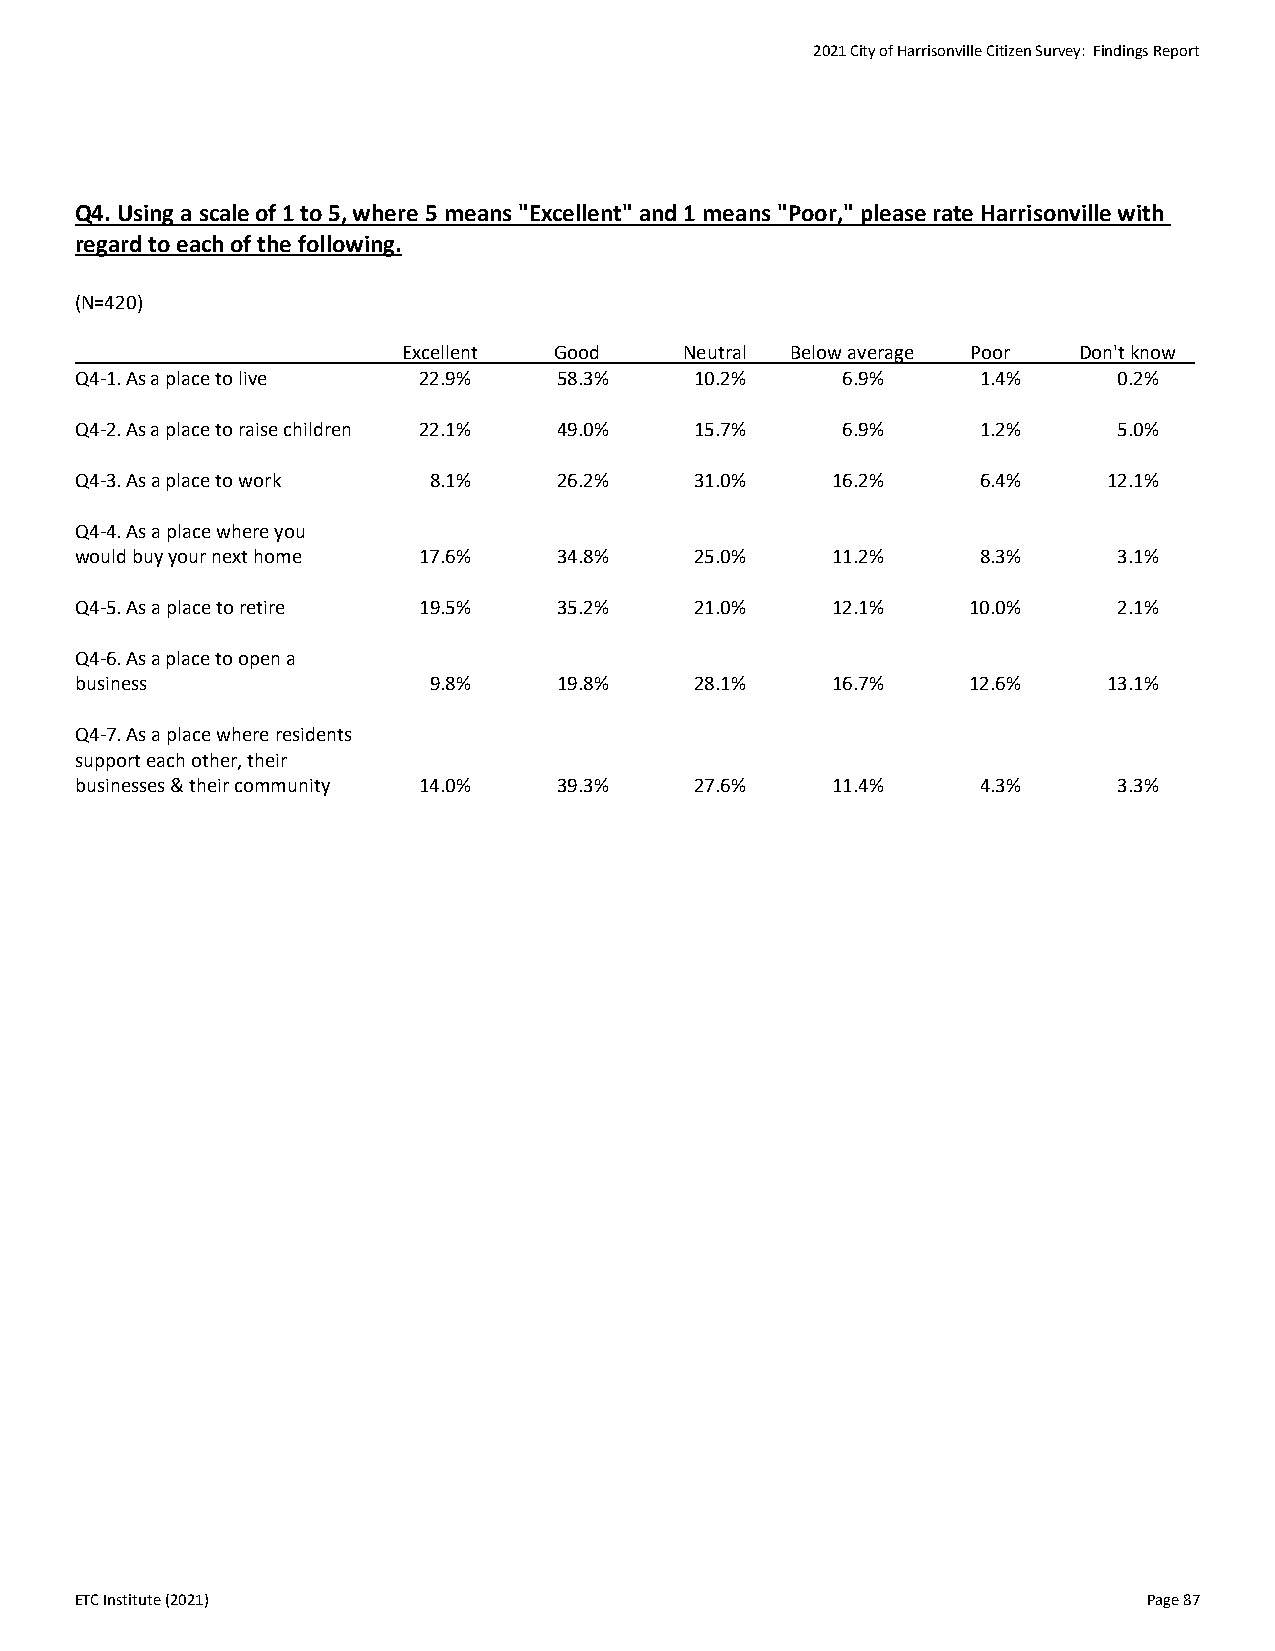
2021 City of Harrisonville Citizen Survey: Findings Report
 Q4. Using a scale of 1 to 5, where 5 means "Excellent" and 1 means "Poor," please rate Harrisonville with
 regard to each of the following.
 (N=420)
 Excellent Good    Neutral Below average Poor Don't know
 Q4-1. As a place to live 22.9%  58.3%    10.2%     6.9%     1.4%     0.2%
 Q4-2. As a place to raise children 22.1% 49.0% 15.7% 6.9%   1.2%     5.0%
 Q4-3. As a place to work 8.1%   26.2%    31.0%    16.2%     6.4%    12.1%
 Q4-4. As a place where you
 would buy your next home 17.6%  34.8%    25.0%    11.2%     8.3%     3.1%
 Q4-5. As a place to retire 19.5% 35.2%   21.0%    12.1%    10.0%     2.1%
 Q4-6. As a place to open a
 business               9.8%     19.8%    28.1%    16.7%    12.6%    13.1%
 Q4-7. As a place where residents
 support each other, their
 businesses & their community 14.0% 39.3% 27.6%    11.4%     4.3%     3.3%
 ETC Institute (2021)                                                   Page 87